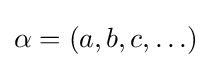
\alpha =(a,b,c,\ldots )